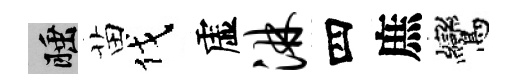
睡苗伐虚淋四庶鸞